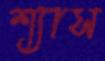
শ্যাস